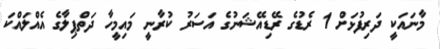
މާނައަކީ ދަރިފުޅަށް 1 ރެޑުގެ ރޭޑިއޭޝަނުގެ އަސަރު ކުރާނީ މައިމީހާ ދަތްޕިލާގެ އެއްލައްކަ